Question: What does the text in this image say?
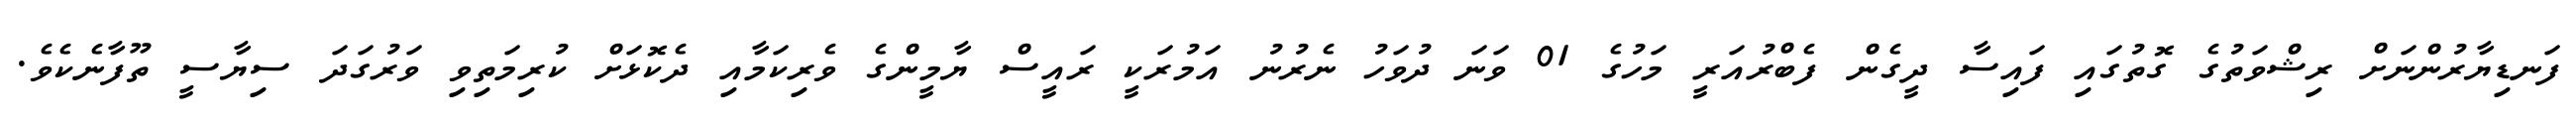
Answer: ފަނޑިޔާރުންނަށް ރިޝްވަތުގެ ގޮތުގައި ފައިސާ ދީގެން ފެބްރުއަރީ މަހުގެ 01 ވަނަ ދުވަހު ނެރުނު އަމުރަކީ ރައީސް ޔާމީންގެ ވެރިކަމާއި ދެކޮޅަށް ކުރިމަތިވި ވަރުގަދަ ސިޔާސީ ތޫފާނެކެވެ.